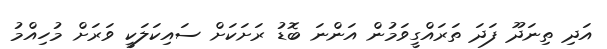
އަދި ތިނަދޫ ފަދަ ތަރައްގީވަމުން އަންނަ ބޮޑު ރަށަކަށް ސައިކަލަކީ ވަރަށް މުހިއްމު